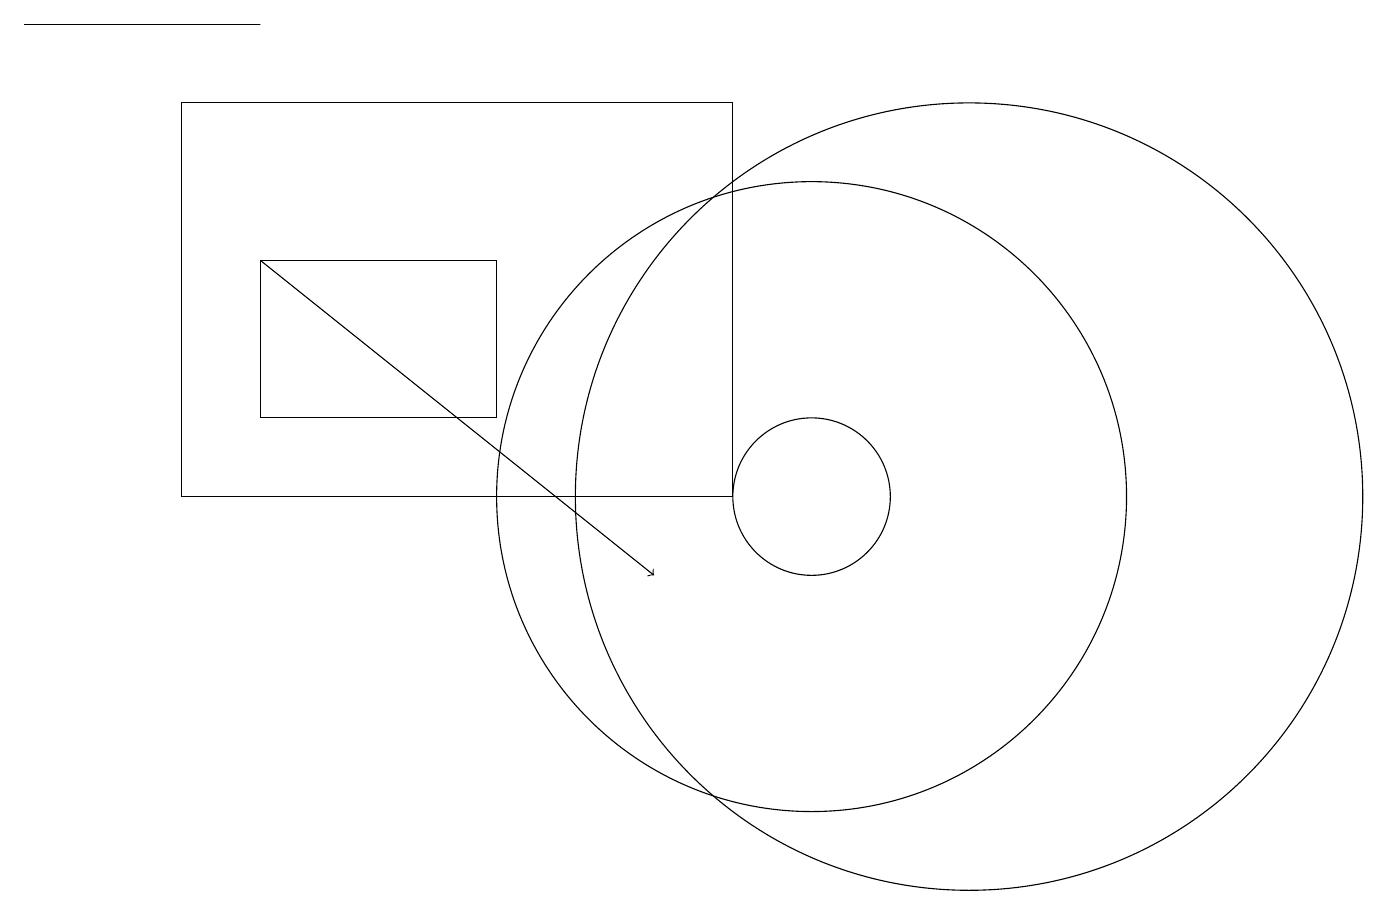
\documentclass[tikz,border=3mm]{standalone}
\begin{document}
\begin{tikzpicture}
\draw (10,11) circle (1);
\draw (10,11) circle (4);
\draw (12,11) circle (5);
\draw (6,12) rectangle (3,14);
\draw[->] (3,14) -- (8,10);
\draw (9,16) rectangle (2,11);
\draw (0,17) rectangle (3,17);
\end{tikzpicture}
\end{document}